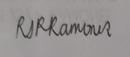
Signature authenticity: genuine